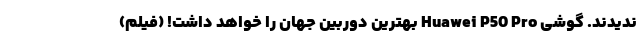
ندیدند. گوشی Huawei P50 Pro بهترین دوربین جهان را خواهد داشت! (فیلم)